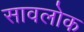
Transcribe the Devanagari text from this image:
सावलोक